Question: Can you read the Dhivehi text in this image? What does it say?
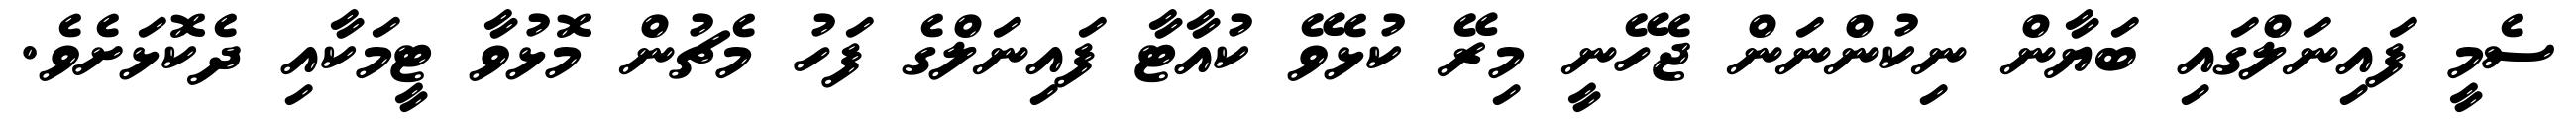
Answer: ސެމީ ފައިނަލްގައި ބަޔާން ނިކުންނަން ޖެހޭނީ މިރޭ ކުޅެވޭ ކުއާޓާ ފައިނަލްގެ ފަހު މެޗުން މޮޅުވާ ޓީމަކާއި ދެކޮޅަށެވެ.